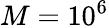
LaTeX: M=10^{6}